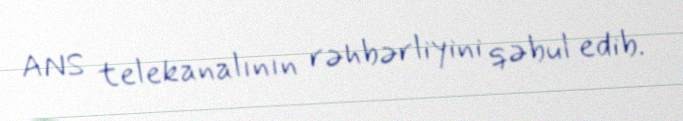
ANS telekanalının rəhbərliyini qəbul edib.